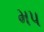
મપ